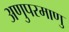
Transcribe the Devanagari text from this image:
अणुपरमाणु